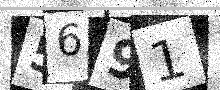
Text: 5691